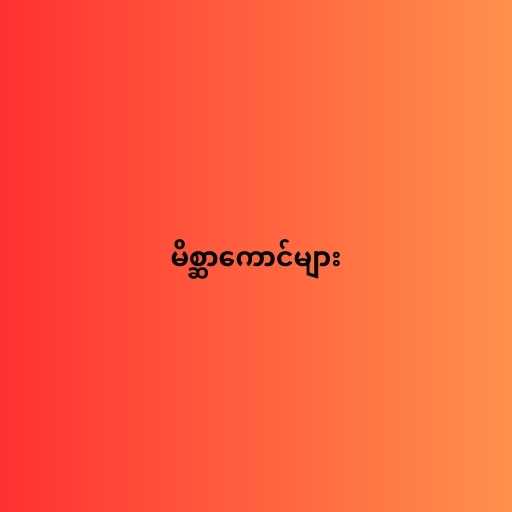
မိစ္ဆာကောင်များ